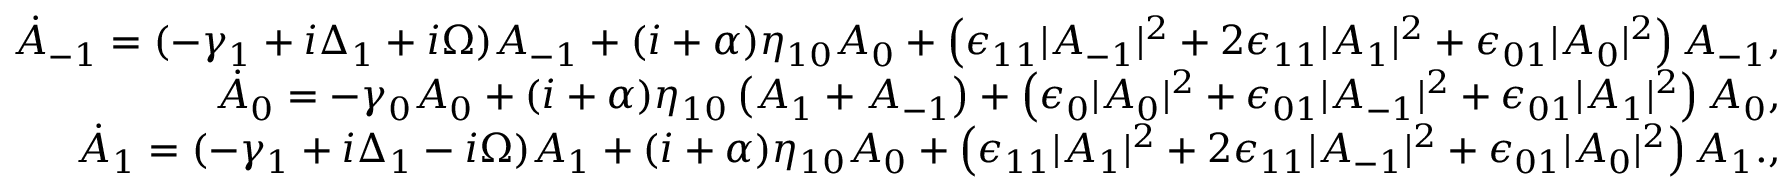
\begin{array} { r l r } & { } & { \dot { A } _ { - 1 } = ( - \gamma _ { 1 } + i \Delta _ { 1 } + i \Omega ) A _ { - 1 } + ( i + \alpha ) \eta _ { 1 0 } A _ { 0 } + \left( \epsilon _ { 1 1 } | A _ { - 1 } | ^ { 2 } + 2 \epsilon _ { 1 1 } | A _ { 1 } | ^ { 2 } + \epsilon _ { 0 1 } | A _ { 0 } | ^ { 2 } \right) A _ { - 1 } , } \\ & { } & { \dot { A } _ { 0 } = - \gamma _ { 0 } A _ { 0 } + ( i + \alpha ) \eta _ { 1 0 } \left( A _ { 1 } + A _ { - 1 } \right) + \left( \epsilon _ { 0 } | A _ { 0 } | ^ { 2 } + \epsilon _ { 0 1 } | A _ { - 1 } | ^ { 2 } + \epsilon _ { 0 1 } | A _ { 1 } | ^ { 2 } \right) A _ { 0 } , } \\ & { } & { \dot { A } _ { 1 } = ( - \gamma _ { 1 } + i \Delta _ { 1 } - i \Omega ) A _ { 1 } + ( i + \alpha ) \eta _ { 1 0 } A _ { 0 } + \left( \epsilon _ { 1 1 } | A _ { 1 } | ^ { 2 } + 2 \epsilon _ { 1 1 } | A _ { - 1 } | ^ { 2 } + \epsilon _ { 0 1 } | A _ { 0 } | ^ { 2 } \right) A _ { 1 } . , } \end{array}